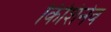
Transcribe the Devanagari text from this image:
किशिनेव